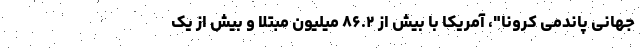
جهانی پاندمی کرونا"، آمریکا با بیش از ۸۶.۲ میلیون مبتلا و بیش از یک